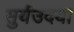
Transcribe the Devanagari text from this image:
सुर्यउदया